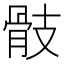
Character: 𩨝